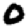
Digit: 0